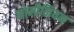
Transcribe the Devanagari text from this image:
कोम्पैनियन